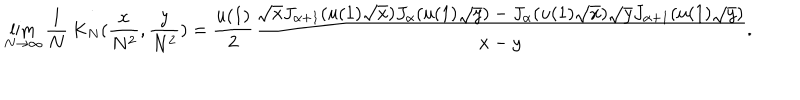
\lim _ { N \rightarrow \infty } \frac 1 N \, K _ { N } ( \frac { x } { N ^ { 2 } } , \frac { y } { N ^ { 2 } } ) = \frac { u ( 1 ) } { 2 } \frac { \sqrt { x } J _ { \alpha + 1 } ( u ( 1 ) \sqrt { x } ) J _ { \alpha } ( u ( 1 ) \sqrt { y } ) - J _ { \alpha } ( u ( 1 ) \sqrt { x } ) \sqrt { y } J _ { \alpha + 1 } ( u ( 1 ) \sqrt { y } ) } { x - y } .